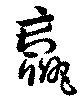
羸